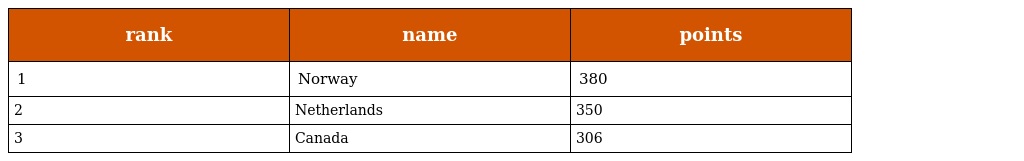
| rank | name | points |
 | --- | --- | --- |
 | 1 | Norway | 380 |
 | 2 | Netherlands | 350 |
 | 3 | Canada | 306 |